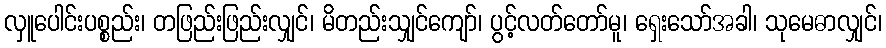
လှူပေါင်းပစ္စည်း၊ တဖြည်းဖြည်းလျှင်၊ မိတည်းသျှင်ကျော်၊ ပွင့်လတ်တော်မူ၊ ရှေးသော်အခါ၊ သုမေဓာလျှင်၊